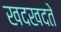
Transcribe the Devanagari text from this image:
खदखदते